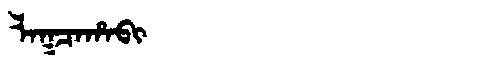
Manchu: ᠯᠠᡴᠴᠠᡥᠠᠪᡳ
Romanization: LAKCAHABI